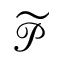
\widetilde { \mathcal P }